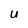
Character: u